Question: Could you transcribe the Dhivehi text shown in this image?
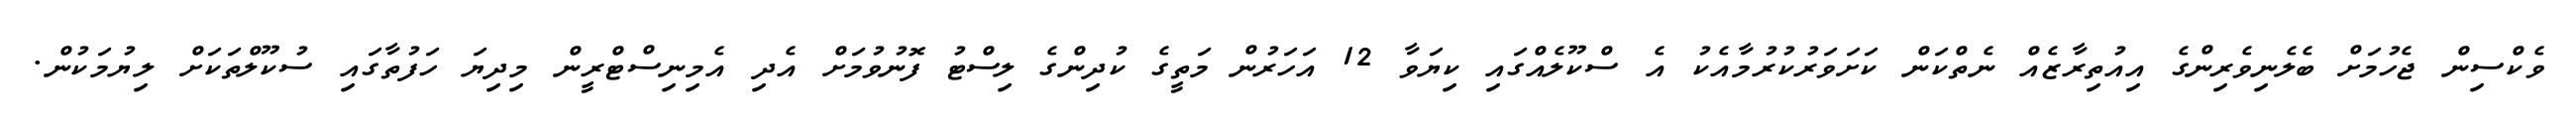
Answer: ވެކްސިން ޖެހުމަށް ބެލެނިވެރިންގެ އިއުތިރާޒެއް ނެތްކަން ކަށަވަރުކުރުމާއެކު އެ ސްކޫލެއްގައި ކިޔަވާ 12 އަހަރުން މަތީގެ ކުދިންގެ ލިސްޓު ފޮނުވުމަށް އެދި އެމިނިސްޓްރީން މިދިޔަ ހަފުތާގައި ސުކޫލްތަކަށް ލިޔުމަކުން.